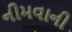
નીમવાની